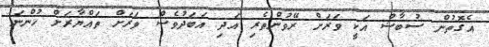
އެގޮތުން ސުބާޝް އަކީ ވަރަށް ރޭވުންތެރި އަދި އަބަދުވެސް ވަރަށް ތައްޔާރަށް ހުންނަ